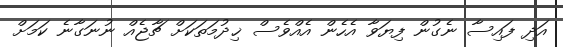
އަދި ފައިސާ ނެގުން ފިޔަވާ އެހެން އެއްވެސް ޚިދުމަތަކަށް ޗާޖެއް ނުނަގާނެ ކަމަށް